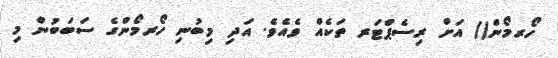
ހޯރމޯން() އަށް ރިސެޕްޓަރ ތަކެއް ވެއެވެ. އަދި މިބުނި ހޯރމޯންގެ ސަބަބުން މި